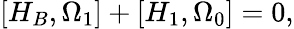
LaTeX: \left[H_{B},\Omega_{1}\right]+\left[H_{1},\Omega_{0}\right]=0,